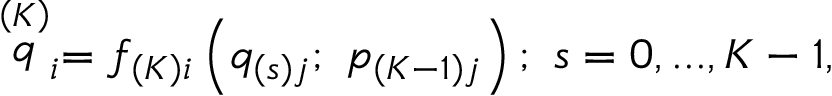
\stackrel { \left( K \right) } { q } _ { i } = f _ { \left( K \right) i } \left( q _ { \left( s \right) j } ; \ p _ { \left( K - 1 \right) j } \right) ; \ s = 0 , . . . , K - 1 ,